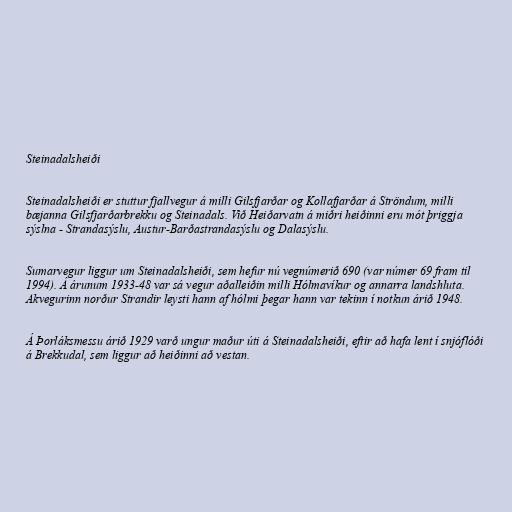
Steinadalsheiði

Steinadalsheiði er stuttur fjallvegur á milli Gilsfjarðar og Kollafjarðar á Ströndum, milli
bæjanna Gilsfjarðarbrekku og Steinadals. Við Heiðarvatn á miðri heiðinni eru mót þriggja
sýslna - Strandasýslu, Austur-Barðastrandasýslu og Dalasýslu.

Sumarvegur liggur um Steinadalsheiði, sem hefur nú vegnúmerið 690 (var númer 69 fram til
1994). Á árunum 1933-48 var sá vegur aðalleiðin milli Hólmavíkur og annarra landshluta.
Akvegurinn norður Strandir leysti hann af hólmi þegar hann var tekinn í notkun árið 1948.

Á Þorláksmessu árið 1929 varð ungur maður úti á Steinadalsheiði, eftir að hafa lent í snjóflóði
á Brekkudal, sem liggur að heiðinni að vestan.